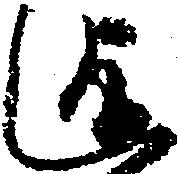
迄